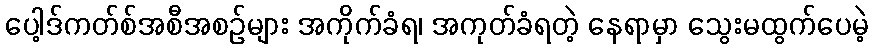
ပေါ့ဒ်ကတ်စ်အစီအစဉ်များ အကိုက်ခံရ၊ အကုတ်ခံရတဲ့ နေရာမှာ သွေးမထွက်ပေမဲ့